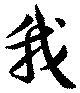
我